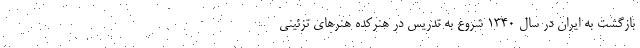
بازگشت به ایران در سال 1340 شروع به تدریس در هنرکده هنرهای تزئینی